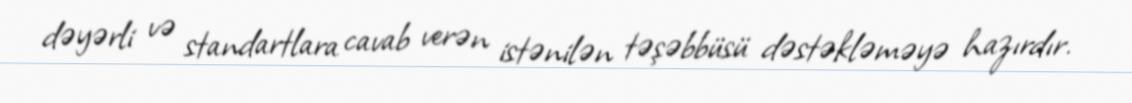
dəyərli və standartlara cavab verən istənilən təşəbbüsü dəstəkləməyə hazırdır.